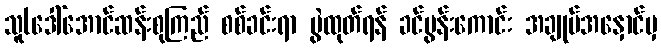
သူ(ဒေါ်အောင်ဆန်းစုကြည် စစ်ခင်းရာ ပွဲထုတ်ရန် ခင်ပွန်းကောင်း အချုပ်အနှောင်မှ